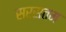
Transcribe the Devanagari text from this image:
सरसतम